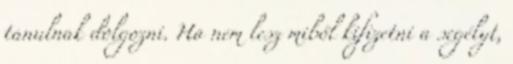
tanulnak dolgozni. Ha nem lesz miből kifizetni a segélyt,